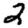
Digit: 2